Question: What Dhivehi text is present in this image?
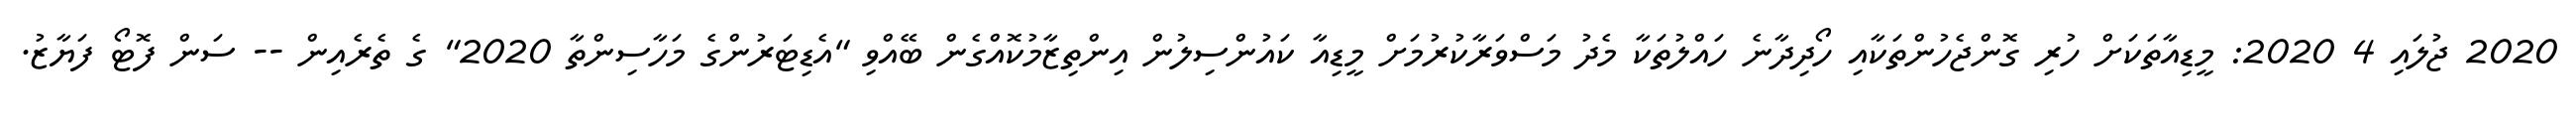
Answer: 2020 ޖުލައި 4 2020: މީޑިއާތަކަށް ހުރި ގޮންޖެހުންތަކާއި ހޯދިދާނެ ހައްލުތަކާ މެދު މަސްވަރާކުރުމަށް މީޑިއާ ކައުންސިލުން އިންތިޒާމުކޮއްގެން ބޭއްވި "އެޑިޓަރުންގެ މަހާސިންތާ 2020" ގެ ތެރެއިން -- ސަން ފޮޓޯ ފަޔާޒު.